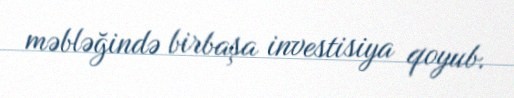
məbləğində birbaşa investisiya qoyub.